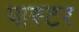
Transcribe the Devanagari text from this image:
पास्‍टर